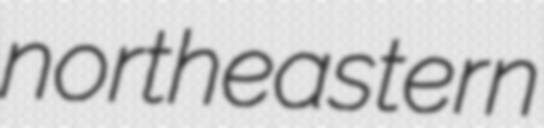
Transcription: northeastern